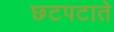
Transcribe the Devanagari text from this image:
छटपटाते